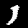
Label: 1